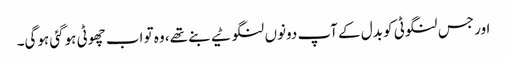
اور جس لنگوٹی کو بدل کے آپ دونوں‌ لنگوٹیے بنے تھے، وہ تو اب چھوٹی ہوگئی ہوگی۔